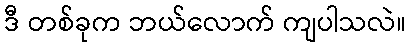
ဒီ တစ်ခုက ဘယ်လောက် ကျပါသလဲ။